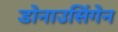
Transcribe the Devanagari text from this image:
डोनाउसिंगेन